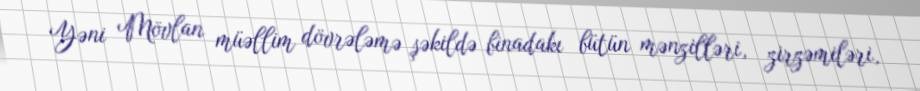
Yəni Mövlan müəllim dövrələmə şəkildə binadakı bütün mənzilləri, zirzəmiləri,